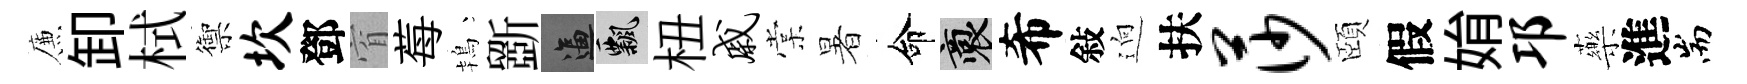
簾卸栻禦坎鄧窅莓鴇斵逼飄杻戚棠暑命裔希敍逈扶莎頤假姢邛藥進耑